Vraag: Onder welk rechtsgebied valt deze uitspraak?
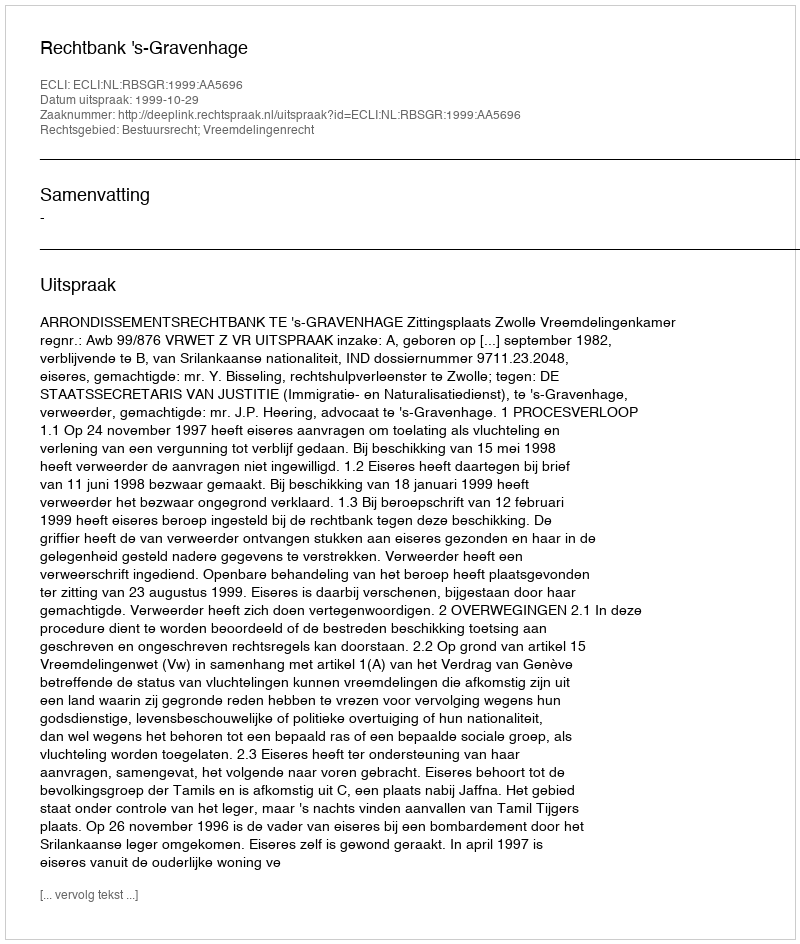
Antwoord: Bestuursrecht; Vreemdelingenrecht